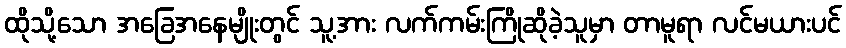
ထိုသို့သော အခြေအနေမျိုးတွင် သူ့အား လက်ကမ်းကြိုဆိုခဲ့သူမှာ တာမူရာ လင်မယားပင်